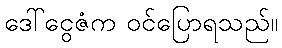
ဒေါ်ငွေဇံက ဝင်ပြောရသည်။